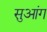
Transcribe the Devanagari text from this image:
सुआंग